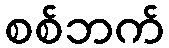
စစ်ဘက်